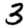
Digit: 3